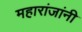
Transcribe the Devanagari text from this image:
महारांजांनी